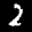
Label: 2